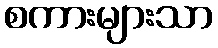
စကားများသာ